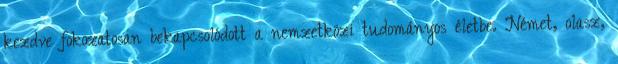
kezdve fokozatosan bekapcsolódott a nemzetközi tudományos életbe. Német, olasz,